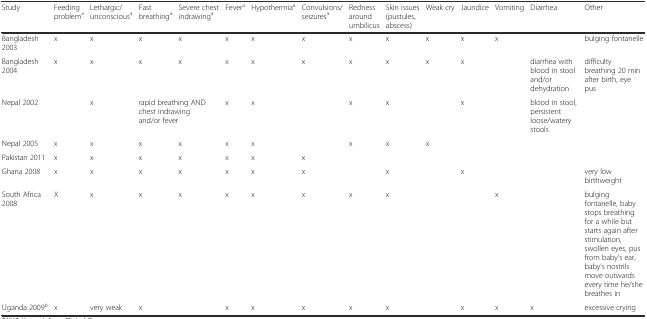
| Study | Feeding problema | Lethargic/unconsciousa | Fast breathinga | Severe chest indrawinga | Fevera | Hypothermiaa | Convulsions/seizuresa | Redness around umbilicus | Skin issues (pustules, abscess) | Weak cry | Jaundice | Vomiting | Diarrhea | Other |
 | --- | --- | --- | --- | --- | --- | --- | --- | --- | --- | --- | --- | --- | --- | --- |
 | Bangladesh 2003 | x | x | x | x | x | x | x | x | x | x | x | x |  | bulging fontanelle |
 | Bangladesh 2004 | x | x | x | x | x | x | x | x | x | x | x |  | diarrhea with blood in stool and/or dehydration | difficulty breathing 20 min after birth, eye pus |
 | Nepal 2002 |  | x | <COLSPAN=2> rapid breathing AND chest indrawing and/or fever | x | x |  | x | x |  | x |  | blood in stool, persistent loose/watery stools |  |
 | Nepal 2005 | x | x | x | x | x | x |  | x | x | x |  |  |  |  |
 | Pakistan 2011 | x | x | x | x | x | x | x |  |  |  |  |  |  |  |
 | Ghana 2008 | x | x | x | x | x | x | x |  | x |  | x |  |  | very low birthweight |
 | South Africa 2008 | X | x | x | x | x | x | x | x | x |  |  | x |  | bulging fontanelle, baby stops breathing for a while but starts again after stimulation, swollen eyes, pus from baby’s ear, baby’s nostrils move outwards every time he/she breathes in |
 | Uganda 2009b | x | very weak | x |  | x | x | x | x | x |  | x | x | x | excessive crying |